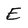
Character: E